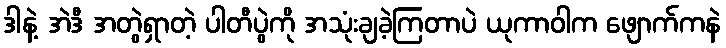
ဒါနဲ့ အဲဒီ အတွဲရှာတဲ့ ပါတီပွဲကို အသုံးချခဲ့ကြတာပဲ ယုကာဝါက ဖျောက်ကနဲ